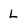
Character: L